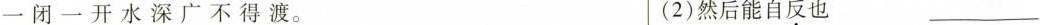
一闭一开水深广不得渡。 (2)然后能自反也___